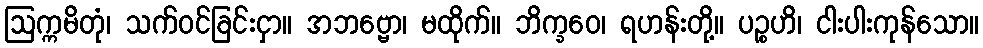
ဩက္ကမိတုံ၊ သက်ဝင်ခြင်းငှာ။ အဘဗ္ဗော၊ မထိုက်။ ဘိက္ခဝေ၊ ရဟန်းတို့။ ပဉ္စဟိ၊ ငါးပါးကုန်သော။